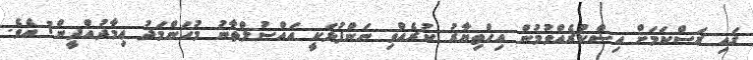
ގައި ރަސްކަމަށް އިސްކުރެއްވުމުން އިޚްތިޔާރު ކުރެއްވި ނަންފުޅަކީ އައްސުލްތާނު މުޙަންމަދު ޢިމާދުއްދީން1 އެވެ.